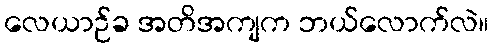
လေယာဉ်ခ အတိအကျက ဘယ်လောက်လဲ။